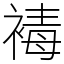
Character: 𧛔